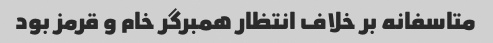
متاسفانه بر خلاف انتظار همبرگر خام و قرمز بود